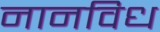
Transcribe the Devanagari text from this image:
नानविध